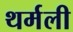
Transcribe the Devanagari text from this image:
थर्मली